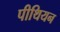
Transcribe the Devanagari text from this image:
पीथियन